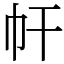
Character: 𢁗